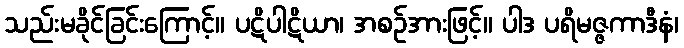
သည်းမခိုင်ခြင်းကြောင့်။ ပဋိပါဋိယာ၊ အစဉ်အားဖြင့်။ ပါဒ ပရိမဇ္ဇကာဒီနံ၊